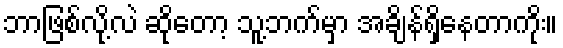
ဘာဖြစ်လို့လဲ ဆိုတော့ သူ့ဘက်မှာ အချိန်ရှိနေတာကိုး။